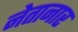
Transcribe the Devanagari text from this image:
नेतानार